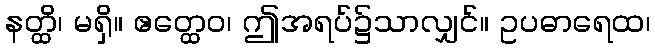
နတ္ထိ၊ မရှိ။ ဧတ္ထေဝ၊ ဤအရပ်၌သာလျှင်။ ဥပဓာရေထ၊